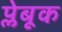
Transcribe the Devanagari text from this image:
प्लेबूक